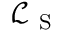
\mathcal { L } _ { \mathrm { ~ S ~ } }